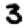
Digit: 3